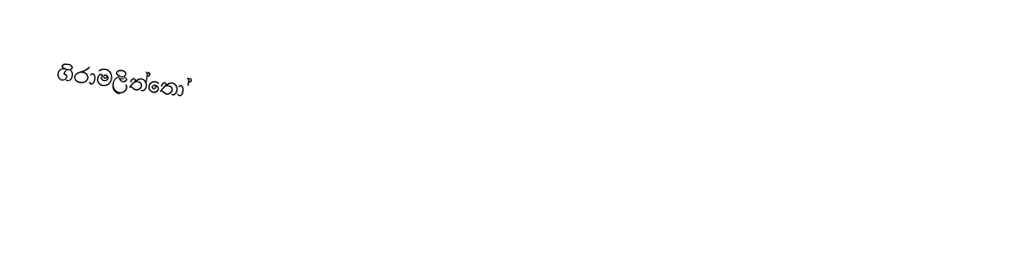
ගිරාමලිත්තෝ